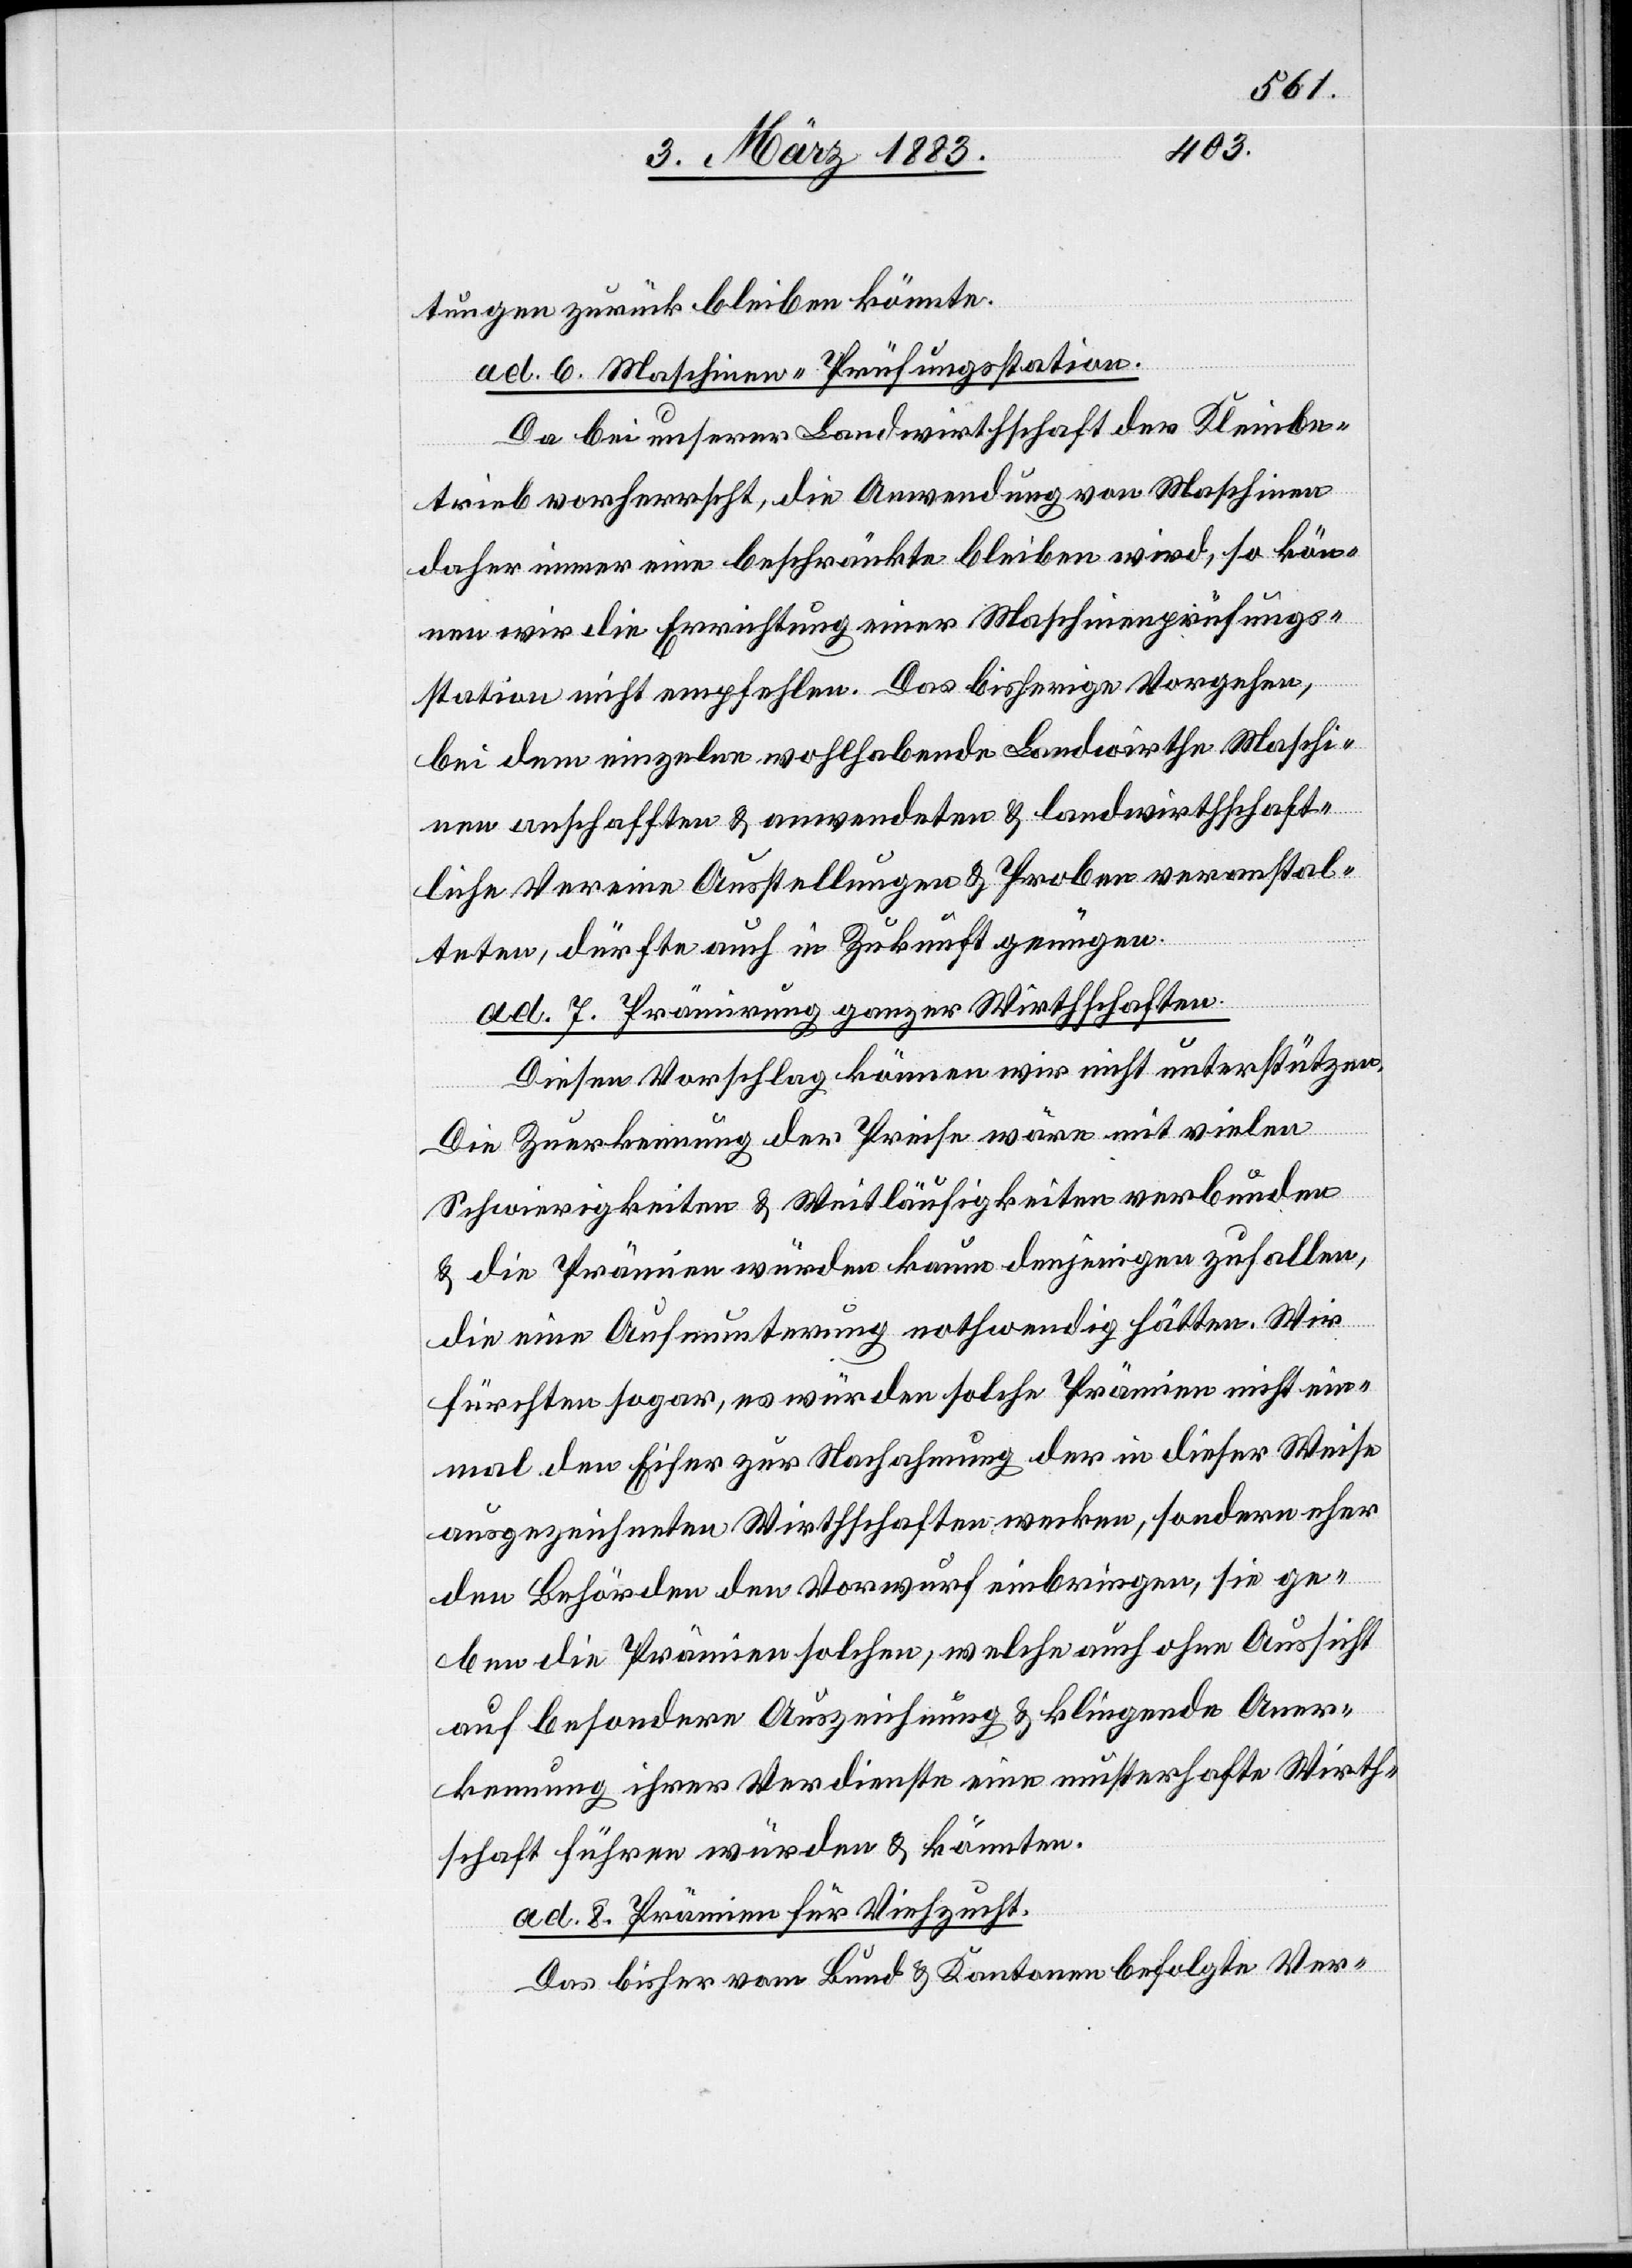
tungen zurück bleiben könnte.
ad 6. Maschinen-Prüfungsstation.
Da bei unserer Landwirthschaft der Kleinbe¬
trieb vorherrscht, die Anwendung von Maschinen
daher immer eine beschränkte bleiben wird, so kön¬
nen wir die Errichtung einer Maschinenprüfungs¬
station nicht empfehlen. Das bisherige Vorgehen,
bei dem einzelne wohlhabende Landwirthe Maschi¬
nen anschafften & anwendeten & landwirthschaft¬
liche Vereine Ausstellungen & Proben veranstal¬
teten, dürfte auch in Zukunft genügen.
ad 7. Prämirung ganzer Wirthschaften.
Diesen Vorschlag können wir nicht unterstützen.
Die Zuerkennung der Preise wäre mit vielen
Schwierigkeiten & Weitläufigkeiten verbunden
& die Prämien würden kaum denjenigen zufallen,
die eine Aufmunterung nothwendig hätten. Wir
fürchten sogar, es würden solche Prämien nicht ein¬
mal den Eifer zur Nachahmung der in dieser Weise
ausgezeichneten Wirthschaften wecken, sondern eher
den Behörden den Vorwurf einbringen, sie ge¬
ben die Prämien solchen, welche auch ohne Aussicht
auf besondere Auszeichnung & klingende Aner¬
kennung ihrer Verdienste eine musterhafte Wirth¬
schaft führen würden & könnten.
ad 8. Prämien für Viehzucht.
Das bisher vom Bund & Kantonen befolgte Ver-